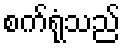
စက်ရုံသည်